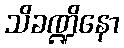
သိခဏ္ဍိနော